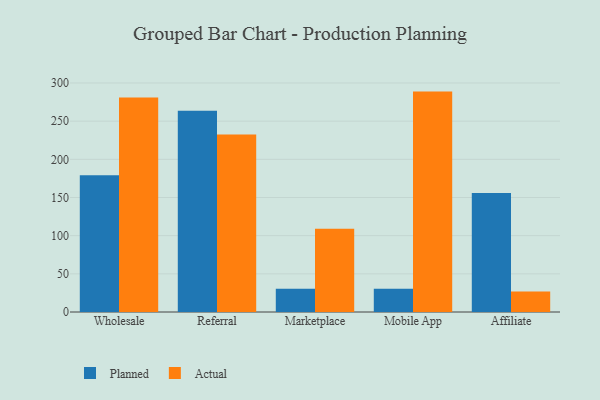
{"axis": {"x": "Channel", "y": "Churn Rate (%)"}, "legend": ["Actual", "Planned"], "data": [{"x": "Wholesale", "y": 179.2, "type": "Planned"}, {"x": "Wholesale", "y": 280.9, "type": "Actual"}, {"x": "Referral", "y": 263.7, "type": "Planned"}, {"x": "Referral", "y": 232.5, "type": "Actual"}, {"x": "Marketplace", "y": 30.6, "type": "Planned"}, {"x": "Marketplace", "y": 109.1, "type": "Actual"}, {"x": "Mobile App", "y": 30.4, "type": "Planned"}, {"x": "Mobile App", "y": 288.7, "type": "Actual"}, {"x": "Affiliate", "y": 155.9, "type": "Planned"}, {"x": "Affiliate", "y": 26.9, "type": "Actual"}]}